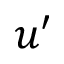
u ^ { \prime }